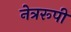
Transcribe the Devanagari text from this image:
नेत्ररूपी